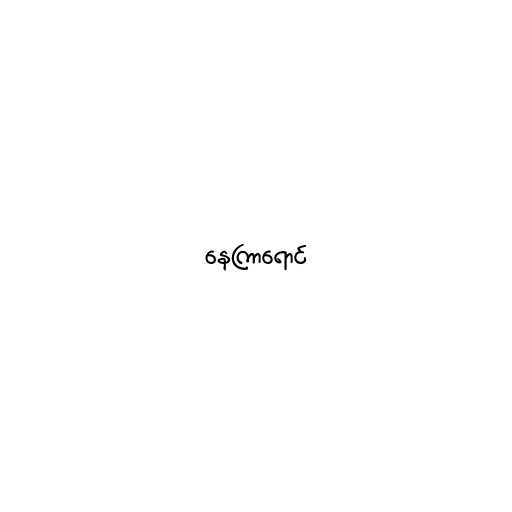
နေကြာရောင်